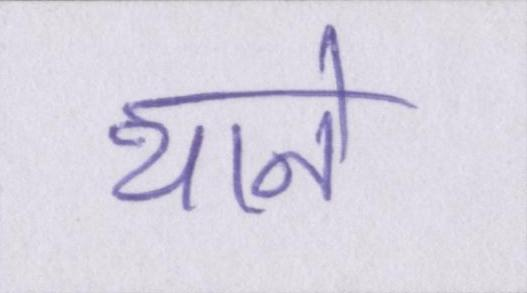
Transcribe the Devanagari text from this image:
थाने